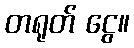
တရုတ် ငွေ။